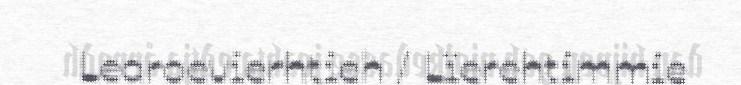
Learoevierhtieh / Lïerehtimmie